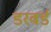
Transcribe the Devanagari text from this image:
डरवर्ड